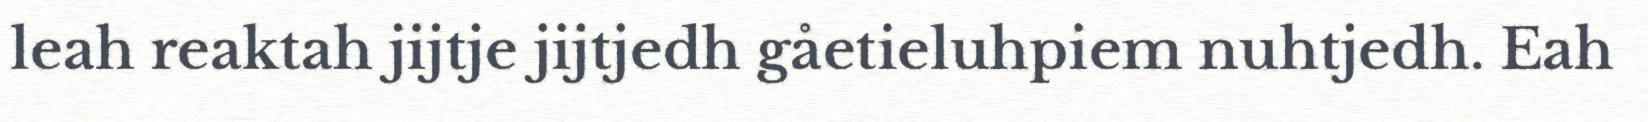
leah reaktah jijtje jijtjedh gåetieluhpiem nuhtjedh. Eah